Civil Veterinary Dept. Assam report 1911-1927 - 1911-1927
Year: 1911
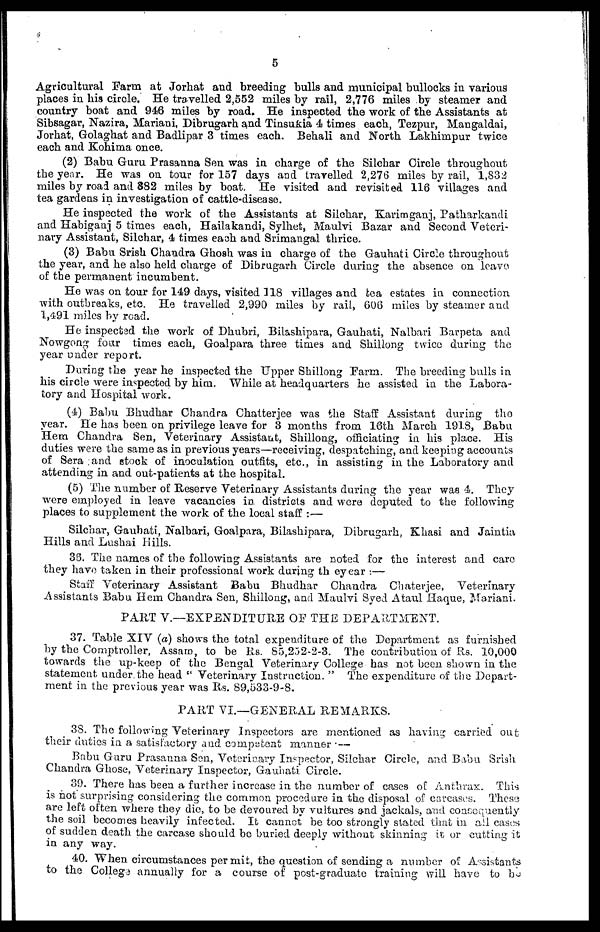
5
Agricultural Farm at Jorhat and breeding bulls and municipal bullocks in various
places in his circle. He travelled 2,552 miles by rail, 2,776 miles by steamer and
country boat and 946 miles by road. He inspected the work of the Assistants at
Sibsagar, Nazira, Mariani, Dibrugarh and Tinsukia 4 times each, Tezpur, Mangaldai,
Jorhat, Golaghat and Badlipar 3 times each. Behali and North Lakhimpur twice
each and Kohima once.
(2) Babu Guru Prasanna Sen was in charge of the Silchar Circle throughout
the year. He was on tour for 157 days and travelled 2,276 miles by rail, 1,832
miles by road and 882 miles by boat. He visited and revisited 116 villages and
tea gardens in investigation of cattle-disease.
He inspected the work of the Assistants at Silchar, Karimganj, Patharkandi
and Habiganj 5 times each, Hailakandi, Sylhet, Maulvi Bazar and Second Veteri-
nary Assistant, Silchar, 4 times each and Srimangal thrice.
(3) Babu Srish Chandra Ghosh was in charge of the Gauhati Circle throughout
the year, and he also held charge of Dibrugarh Circle during the absence on leave
of the permanent incumbent.
He was on tour for 149 days, visited 118 villages and tea estates in connection
with outbreaks, etc. He travelled 2,990 miles by rail, 606 miles by steamer and
1,491 miles by read.
He inspected the work of Dhubri, Bilashipara, Gauhati, Nalbari Barpeta and
Nowgong four times each, Goalpara three times and Shillong twice during the
year under report.
During the year he inspected the Upper Shillong Farm. The breeding bulls in
his circle were inspected by him. While at headquarters he assisted in the Labora-
tory and Hospital work.
(4) Babu Bhudhar Chandra Chatterjee was the Staff Assistant during the
year. He has been on privilege leave for 3 months from 16th March 1918, Babu
Hem Chandra Sen, Veterinary Assistant, Shillong, officiating in his place. His
duties were the same as in previous years—receiving, despatching, and keeping accounts
of Sera and stock of inoculation outfits, etc., in assisting in the Laboratory and
attending in and out-patients at the hospital.
(5) The number of Reserve Veterinary Assistants during the year was 4. They
were employed in leave vacancies in districts and were deputed to the following
places to supplement the work of the local staff :—
Silchar, Gauhati, Nalbari, Goalpara, Bilashipara, Dibrugarh, Khasi and Jaintia
Hills and Lushai Hills.
36. The names of the following Assistants are noted for the interest and care
they have taken in their professional work during the year -.—
Staff Veterinary Assistant Babu Bhudhar Chandra Chaterjee, Veterinary
Assistants Babu Hem Chandra Sen, Shillong, and Maulvi Syed Ataul Haque, Mariani.
PART V.—EXPENDITURE OP THE DEPARTMENT.
37. Table XIV (a) shows the total expenditure of the Department as furnished
by the Comptroller, Assam, to be Rs. 85,252-2-3. The contribution of Rs. 10,000
towards the up-keep of the Bengal Veterinary College has not been shown in the
statement under the head " Veterinary Instruction. " The expenditure of the Depart-
ment in the previous year was Rs. 89,533-9-8.
PART VI.—GENERAL REMARKS.
38. The following Veterinary Inspectors are mentioned 38 having carried out-
their duties in a satisfactory and competent manner —
Babu Guru Prasanna Son, Veterinary Inspector, Silchar Circle, and Babu Srish
Chandra Ghose, Veterinary Inspector, Gauhati Circle.
39. There has been a further increase in the number of cases of Anthrax. This
is not surprising considering the common procedure in the disposal of carcases. These
are left often where they die, to be devoured by vultures and jackals, and consequently
the soil becomes heavily infected. It cannot be too strongly stated that in all cases
of sudden death the carcase should be buried deeply without skinning it or cutting it
in any way.
40. When circumstances permit, the question of sending a number of Assistants
to the Colleg-3 annually for a course of post-graduate training will have to do